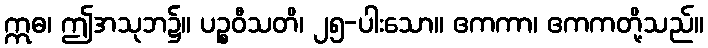
ဣဓ၊ ဤအသုဘ၌။ ပဉ္စဝီသတိ၊ ၂၅-ပါးသော။ ဧကကာ၊ ဧကကတို့သည်။